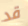
قد